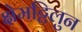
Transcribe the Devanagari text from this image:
क्षेमट्टिलुन